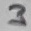
Text: 3